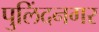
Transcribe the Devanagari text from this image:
पुलिंदनगर